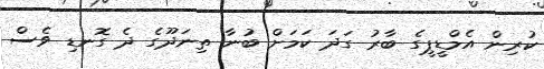
ކުރިން އެމްޑީޕީގެ ބާރު ގަދަ ކަމަށް ބުނާ ތިނަދޫގެ ދެ ގޮނޑި ވެސް